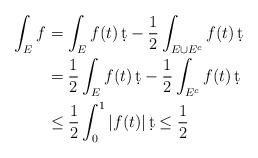
LaTeX: \begin{align*}\int_E f & = \int_E f(t)\,\d t - \frac{1}{2} \int_{E\cup E^c} f(t)\,\d t\\& = \frac{1}{2} \int_E f(t)\,\d t - \frac{1}{2} \int_{E^c} f(t)\,\d t\\& \le \frac{1}{2} \int_{0}^{1} |f(t)|\,\d t\le \frac{1}{2}\end{align*}